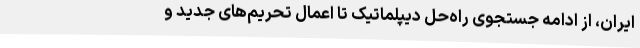
ایران، از ادامه جستجوی راه‌حل دیپلماتیک تا اعمال تحریم‌های جدید و